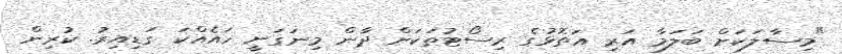
"މިސާލަކަށް ބަލަމާ އަރި އަތޮޅުގެ ރިސޯޓުތަކަށް ދާން މިނަގަނީ ހައެއްކަ ގަޑިއިރު. ކުރިން